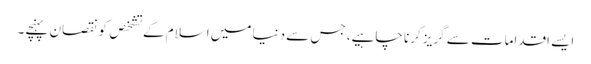
ایسے اقدامات سے گریز کرنا چاہیے، جس سے دنیا میں اسلام کے تشخص کونقصان پہنچے۔